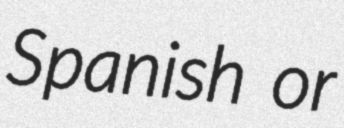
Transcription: Spanish or